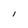
Character: l